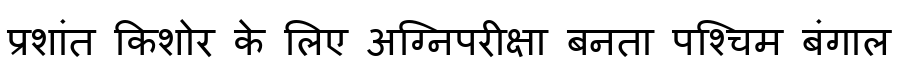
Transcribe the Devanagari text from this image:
प्रशांत किशोर के लिए अग्निपरीक्षा बनता पश्चिम बंगाल